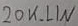
Text: 20K_LIN